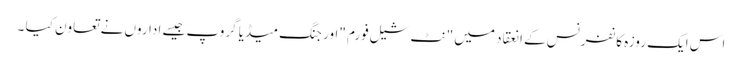
اس ایک روزہ کانفرنس کے انعقاد میں "نٹ شیل فورم "اور جنگ میڈیا گروپ جیسے اداروں نے تعاون کیا ۔